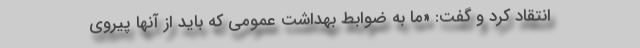
انتقاد کرد و گفت: «ما به ضوابط بهداشت عمومی که باید از آنها پیروی